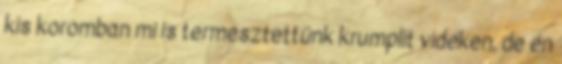
kis koromban mi is termesztettünk krumplit vidéken, de én